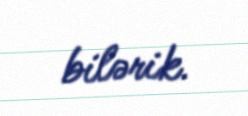
bilərik.